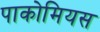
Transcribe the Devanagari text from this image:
पाकोमियस